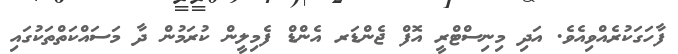
ފާހަގަކުރެއްވިއެވެ. އަދި މިނިސްޓްރީ އޮފް ޖެންޑަރ އެންޑް ފެމިލީން ކުރަމުން ދާ މަސައްކަތްތަކުގައި